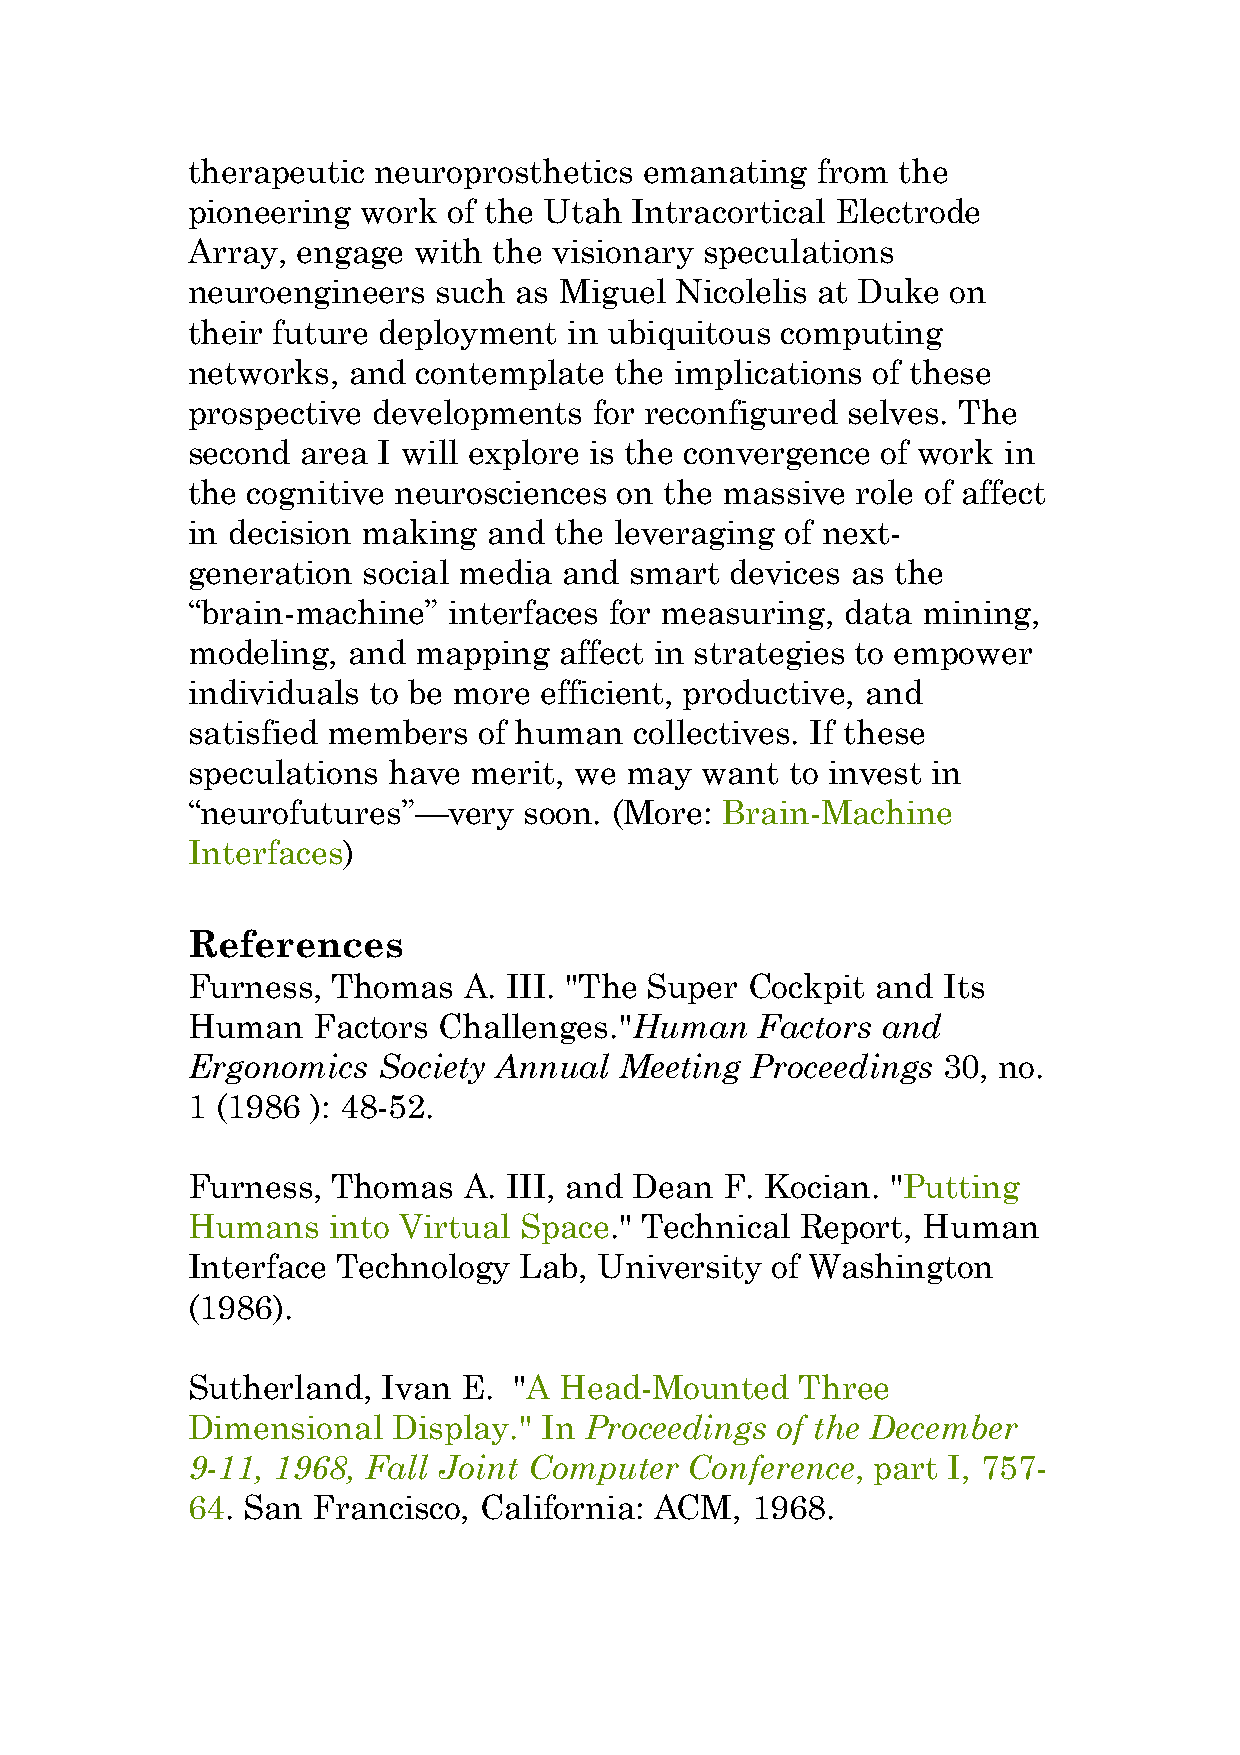
therapeutic  neuroprosthetics  emanating  from  the
 pioneering  work  of the Utah Intracortical Electrode
 Array,  engage with  the visionary speculations
 neuroengineers   such as Miguel  Nicolelis at Duke on
 their future deployment   in ubiquitous computing
 networks,  and  contemplate  the implications of these
 prospective  developments  for reconfigured selves. The
 second  area I will explore is the convergence of work in
 the cognitive neurosciences  on the massive  role of affect
 in decision making  and  the leveraging of next-
 generation  social media and  smart devices as the
 “brain-machine”   interfaces for measuring, data mining,
 modeling,  and mapping   affect in strategies to empower
 individuals to be more  efficient, productive, and
 satisfied members   of human  collectives. If these
 speculations  have merit, we may  want  to invest in
 “neurofutures”—very    soon. (More: Brain-Machine
 Interfaces)
 References
 Furness,  Thomas   A. III. "The Super Cockpit and Its
 Human    Factors Challenges."Human    Factors and
 Ergonomics   Society Annual  Meeting  Proceedings 30, no.
 1 (1986  ): 48-52.
 Furness,  Thomas   A. III, and Dean F. Kocian. "Putting
 Humans    into Virtual Space." Technical Report, Human
 Interface Technology  Lab,  University of Washington
 (1986).
 Sutherland,  Ivan  E. "A Head-Mounted    Three
 Dimensional   Display." In Proceedings of the December
 9-11, 1968, Fall Joint Computer   Conference, part I, 757-
 64. San  Francisco, California: ACM,  1968.